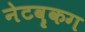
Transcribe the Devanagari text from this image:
नेटवॄकग